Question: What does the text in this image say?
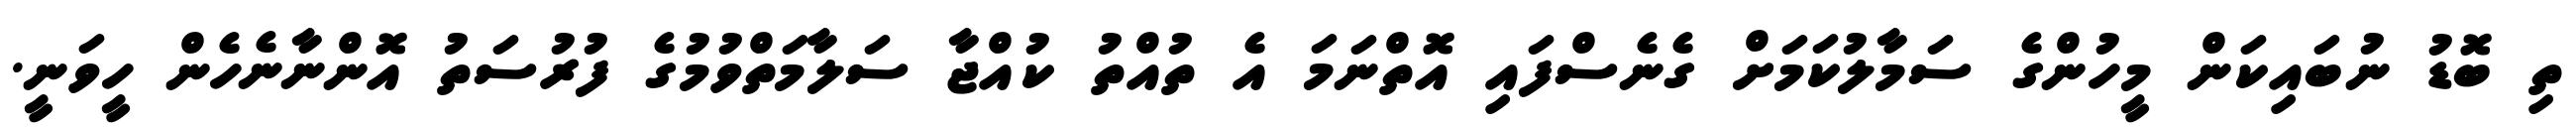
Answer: ތި ބޮޑު ނުބައިކަން މީހުންގެ ސަމާލުކަމަށް ގެނެސްފައި އޮތްނަމަ އެ ތުއްތު ކުއްޖާ ސަލާމަތްވުމުގެ ފުރުސަތު އޮންނާނެހެން ހީވަނީ.